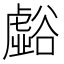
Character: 𲂚